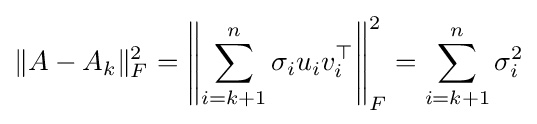
\|A-A_{k}\|_{F}^{2}=\left\|\sum _{i=k+1}^{n}\sigma _{i}u_{i}v_{i}^{\top }\right\|_{F}^{2}=\sum _{i=k+1}^{n}\sigma _{i}^{2}